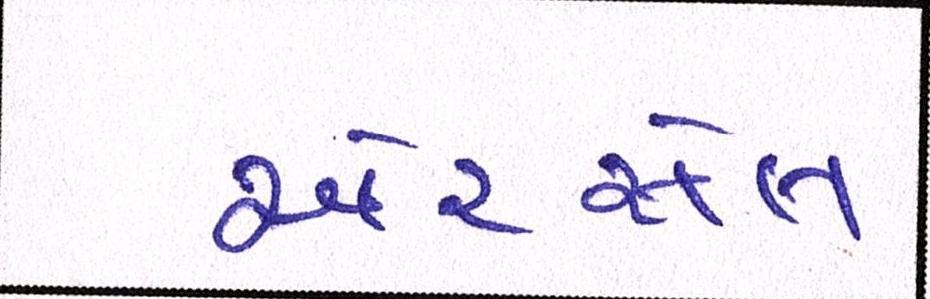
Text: એરસેલ